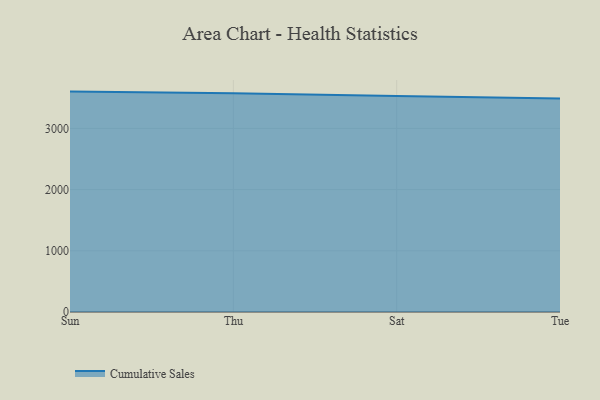
{"axis": {"x": "Day", "y": "Demand Index"}, "legend": ["Cumulative Sales"], "data": [{"x": "Sun", "y": 3601.8, "type": "Cumulative Sales"}, {"x": "Thu", "y": 3576.7, "type": "Cumulative Sales"}, {"x": "Sat", "y": 3530.9, "type": "Cumulative Sales"}, {"x": "Tue", "y": 3488.9, "type": "Cumulative Sales"}]}